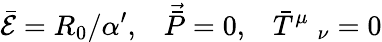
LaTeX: \bar{{\cal{E}}}=R_{0}/\alpha^{\prime},\; \; \; \vec{\bar{P}}=0,\; \; \; \bar{T}^{\mu}\; _{\nu}=0